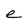
Character: e